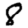
Digit: 8